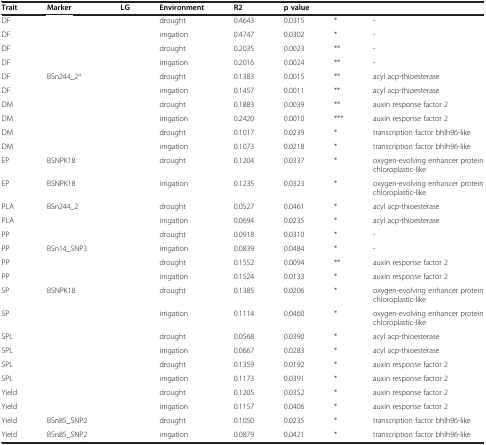
<table><thead><tr><td><b>Trait</b></td><td><b>Marker</b></td><td><b>LG</b></td><td><b>Environment</b></td><td><b>R2</b></td><td colspan="2"><b>p value</b></td><td>[EMPTY_CELL]</td></tr></thead><tbody><tr><td>DF</td><td>[EMPTY_CELL]</td><td>[EMPTY_CELL]</td><td>drought</td><td>0.4643</td><td>0.0315</td><td>*</td><td>-</td></tr><tr><td>DF</td><td>[EMPTY_CELL]</td><td>[EMPTY_CELL]</td><td>irrigation</td><td>0.4747</td><td>0.0302</td><td>*</td><td>-</td></tr><tr><td>DF</td><td>[EMPTY_CELL]</td><td>[EMPTY_CELL]</td><td>drought</td><td>0.2035</td><td>0.0023</td><td>**</td><td>-</td></tr><tr><td>DF</td><td>[EMPTY_CELL]</td><td>[EMPTY_CELL]</td><td>irrigation</td><td>0.2016</td><td>0.0024</td><td>**</td><td>-</td></tr><tr><td>DF</td><td>BSn244_2<sup>a</sup></td><td>[EMPTY_CELL]</td><td>drought</td><td>0.1383</td><td>0.0015</td><td>**</td><td>acyl acp-thioesterase</td></tr><tr><td>DF</td><td>[EMPTY_CELL]</td><td>[EMPTY_CELL]</td><td>irrigation</td><td>0.1457</td><td>0.0011</td><td>**</td><td>acyl acp-thioesterase</td></tr><tr><td>DM</td><td>[EMPTY_CELL]</td><td>[EMPTY_CELL]</td><td>drought</td><td>0.1883</td><td>0.0039</td><td>**</td><td>auxin response factor 2</td></tr><tr><td>DM</td><td>[EMPTY_CELL]</td><td>[EMPTY_CELL]</td><td>irrigation</td><td>0.2420</td><td>0.0010</td><td>***</td><td>auxin response factor 2</td></tr><tr><td>DM</td><td>[EMPTY_CELL]</td><td>[EMPTY_CELL]</td><td>drought</td><td>0.1017</td><td>0.0239</td><td>*</td><td>transcription factor bhlh96-like</td></tr><tr><td>DM</td><td>[EMPTY_CELL]</td><td>[EMPTY_CELL]</td><td>irrigation</td><td>0.1073</td><td>0.0218</td><td>*</td><td>transcription factor bhlh96-like</td></tr><tr><td>EP</td><td>BSNPK18</td><td>[EMPTY_CELL]</td><td>drought</td><td>0.1204</td><td>0.0337</td><td>*</td><td>oxygen-evolving enhancer protein chloroplastic-like</td></tr><tr><td>EP</td><td>BSNPK18</td><td>[EMPTY_CELL]</td><td>irrigation</td><td>0.1235</td><td>0.0323</td><td>*</td><td>oxygen-evolving enhancer protein chloroplastic-like</td></tr><tr><td>PLA</td><td>BSn244_2</td><td>[EMPTY_CELL]</td><td>drought</td><td>0.0527</td><td>0.0461</td><td>*</td><td>acyl acp-thioesterase</td></tr><tr><td>PLA</td><td>[EMPTY_CELL]</td><td>[EMPTY_CELL]</td><td>irrigation</td><td>0.0694</td><td>0.0235</td><td>*</td><td>acyl acp-thioesterase</td></tr><tr><td>PP</td><td>[EMPTY_CELL]</td><td>[EMPTY_CELL]</td><td>drought</td><td>0.0918</td><td>0.0310</td><td>*</td><td>-</td></tr><tr><td>PP</td><td>BSn14_SNP3</td><td>[EMPTY_CELL]</td><td>irrigation</td><td>0.0839</td><td>0.0484</td><td>*</td><td>-</td></tr><tr><td>PP</td><td>[EMPTY_CELL]</td><td>[EMPTY_CELL]</td><td>drought</td><td>0.1552</td><td>0.0094</td><td>**</td><td>auxin response factor 2</td></tr><tr><td>PP</td><td>[EMPTY_CELL]</td><td>[EMPTY_CELL]</td><td>irrigation</td><td>0.1524</td><td>0.0133</td><td>*</td><td>auxin response factor 2</td></tr><tr><td>SP</td><td>BSNPK18</td><td>[EMPTY_CELL]</td><td>drought</td><td>0.1385</td><td>0.0206</td><td>*</td><td>oxygen-evolving enhancer protein chloroplastic-like</td></tr><tr><td>SP</td><td>[EMPTY_CELL]</td><td>[EMPTY_CELL]</td><td>irrigation</td><td>0.1114</td><td>0.0460</td><td>*</td><td>oxygen-evolving enhancer protein chloroplastic-like</td></tr><tr><td>SPL</td><td>[EMPTY_CELL]</td><td>[EMPTY_CELL]</td><td>drought</td><td>0.0568</td><td>0.0390</td><td>*</td><td>acyl acp-thioesterase</td></tr><tr><td>SPL</td><td>[EMPTY_CELL]</td><td>[EMPTY_CELL]</td><td>irrigation</td><td>0.0667</td><td>0.0283</td><td>*</td><td>acyl acp-thioesterase</td></tr><tr><td>SPL</td><td>[EMPTY_CELL]</td><td>[EMPTY_CELL]</td><td>drought</td><td>0.1359</td><td>0.0192</td><td>*</td><td>auxin response factor 2</td></tr><tr><td>SPL</td><td>[EMPTY_CELL]</td><td>[EMPTY_CELL]</td><td>irrigation</td><td>0.1173</td><td>0.0391</td><td>*</td><td>auxin response factor 2</td></tr><tr><td>Yield</td><td>[EMPTY_CELL]</td><td>[EMPTY_CELL]</td><td>drought</td><td>0.1205</td><td>0.0352</td><td>*</td><td>auxin response factor 2</td></tr><tr><td>Yield</td><td>[EMPTY_CELL]</td><td>[EMPTY_CELL]</td><td>irrigation</td><td>0.1157</td><td>0.0406</td><td>*</td><td>auxin response factor 2</td></tr><tr><td>Yield</td><td>BSn85_SNP2</td><td>[EMPTY_CELL]</td><td>drought</td><td>0.1050</td><td>0.0235</td><td>*</td><td>transcription factor bhlh96-like</td></tr><tr><td>Yield</td><td>BSn85_SNP2</td><td>[EMPTY_CELL]</td><td>irrigation</td><td>0.0879</td><td>0.0421</td><td>*</td><td>transcription factor bhlh96-like</td></tr></tbody></table>